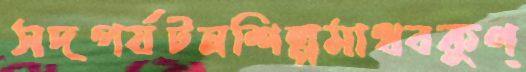
সদপর্যটনশিল্পমাধবকুণ্